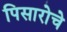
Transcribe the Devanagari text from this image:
पिसारोचे